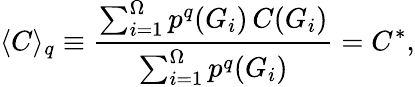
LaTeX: \langle C\rangle_{q}\equiv\frac{\sum_{i=1}^{\Omega}p^{q}(G_{i})\, C(G_{i})}{\sum_{i=1}^{\Omega}p^{q}(G_{i})}=C^{*},